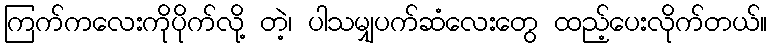
ကြက်ကလေးကိုပိုက်လို့ တဲ့၊ ပါသမျှပက်ဆံလေးတွေ ထည့်ပေးလိုက်တယ်။